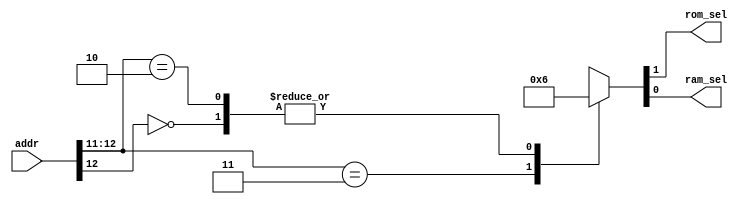
module addr_decode(
    addr,
    rom_sel,
    ram_sel
);

input [12:0]addr;
output reg rom_sel;
output reg ram_sel;

always@(addr)
    casex(addr)
        13'b11_xxx_xxxx_xxxx: {rom_sel, ram_sel} <= 2'b01;
        13'b0x_xxx_xxxx_xxxx: {rom_sel, ram_sel} <= 2'b10;
        13'b10_xxx_xxxx_xxxx: {rom_sel, ram_sel} <= 2'b10;
    endcase 


endmodule